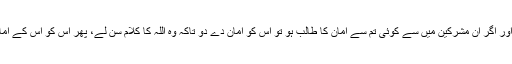
امین احسن اصلاحی اور اگر ان مشرکین میں سے کوئی تم سے امان کا طالب ہو تو اس کو امان دے دو تاکہ وہ اللہ کا کلام سن لے، پھر اس کو اس کے امان کی جگہ پہنچا دو۔